Annual report on the working of the mental hospitals in the Madras Presidency - 1912-1932
Year: 1912
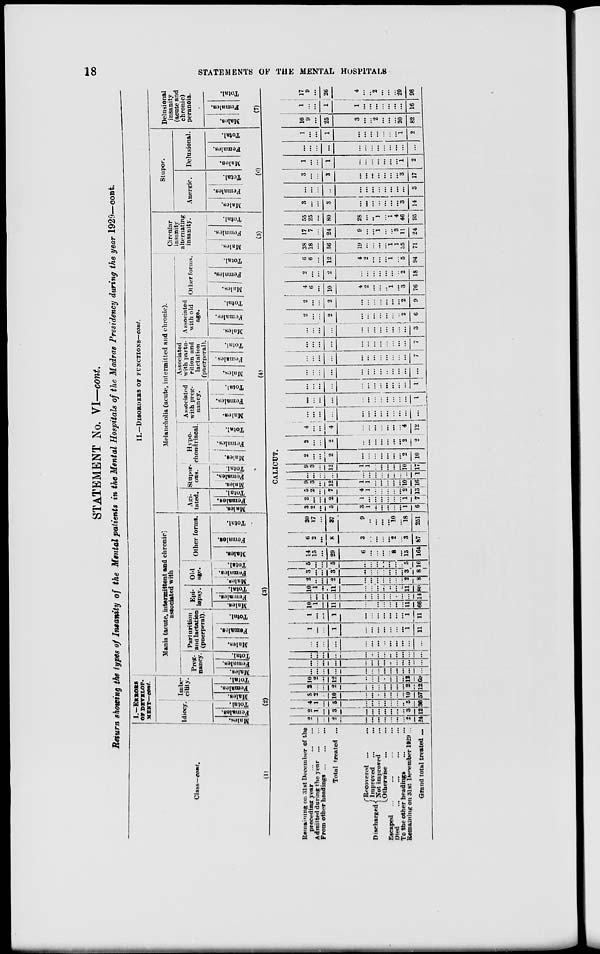
18
STATEMENTS OF THE MENTAL HOSPITALS
STATEMENT No. VI—cont.
Return showing the types of Insanity of the Mental patients in the Mental Hospitals of the Madras Presidency during the year 1929—cont.
Class—cont.
(1)
I.—ERRORS
OF DEVELOP-
MENT.— cont.
Idiocy.
Males. Females
Total.
Imbe-
cility.
Males.
Females.
Total.
(2)
II.—DISORDERS OF FUNCTIONS—cont.
Mania (acute, intermittent and chronic)
associated with
Preg-
nancy.
Males.
Females. Total.
Parturition
and lactation
(puerperal).
Males.
Females.
Total.
Epi-
lepsy.
Males.
Females.
Total.
Old
age.
Males. Females. Total.
Other forms.
Males.
Females.
Total.
(3)
Melancholia (acute, intermitted and chronic).
Agi-
tated.
Males.
Females.
Total.
Stupor-
ous.
Males.
Females.
Total.
Hypo-
chondriacal.
Males.
Females.
Total.
Associated
with preg-
nancy.
Males.
Females.
Total.
Associated
with partu-
rition and
lactation
(puerperal).
Males.
Females.
Total.
Associated
with old
age.
Males.
Females.
Total.
Other forms.
Males.
Females.
Total.
(4)
Circular
insanity
alternating
insanity.
Males.
Females.
Total.
(5)
Stupor.
Anergic.
Males.
Females.
Total.
Delusional.
Males.
Females.
Total.
(6)
Delusional
insanity
(acute and
chronic)
peranoia.
Males.
Females.
Total.
(7)
CALICUT.
Remaining on 31st December of the
preceding year
...
...
...
Admitted during the year
...
...
From other headings
...
...
...
Total treated ...
Discharged
Recovered ... ...
Improved ... ...
Not improved ...
Otherwise ... ...
Escaped
... ... ... ...
Died
...
...
...
...
To the other headings ... ...
Remaining on 31st December 1929 ...
Grand total treated ...
2
...
...
2
...
...
...
...
...
...
...
2
24
2
1
...
3
...
...
...
...
...
...
...
3
12
4
1
...
5
...
...
...
...
...
...
...
5
36
8
2
...
10
...
...
...
...
...
...
...
10
57
2
...
...
2
...
...
...
...
...
...
...
2
12
10
2
...
12
...
...
...
...
...
...
...
12
69
...
...
...
...
...
...
...
...
...
...
...
...
...
...
...
...
...
...
...
...
...
...
...
...
...
...
...
...
...
...
...
...
...
...
...
...
...
...
...
...
...
...
...
...
...
...
...
...
...
...
...
...
1
...
...
1
...
...
...
...
...
...
...
1
11
1
...
...
1
...
...
...
...
...
...
...
1
11
10
1
...
11
...
...
...
...
...
...
...
11
66
...
...
...
...
...
...
...
...
...
...
...
...
14
10
1
...
11
...
...
...
...
...
...
...
11
80
2
...
...
2
...
...
...
...
...
...
...
2
8
3
...
...
3
...
...
...
...
...
...
...
3
8
5
...
...
5
...
...
...
...
...
...
..
5
16
14
15
...
29
6
...
...
...
. .
8
...
15
164
6
2
...
8
3
...
...
...
...
2
...
3
87
20
17
...
37
9
...
...
...
...
10
...
18
251
3
2
...
5
3
1
...
...
...
...
...
1
6
2
...
...
2
1
...
...
...
...
...
...
1
7
5
2
...
7
4
1
...
...
...
...
...
2
13
9
3
...
12
1
1
...
...
...
...
...
10
16
...
...
...
...
...
...
...
...
...
...
...
...
1
9
3
...
12
1
1
...
...
...
...
...
10
17
2
...
...
2
...
...
...
...
...
...
...
2
10
2
...
...
2
...
...
...
...
...
...
...
2
2
4
...
...
4
...
...
...
...
...
...
...
4
12
...
...
...
...
...
...
...
...
...
...
...
...
...
...
...
...
...
...
...
...
...
...
...
...
...
1
...
...
...
...
...
...
...
...
...
...
...
...
1
...
...
...
...
...
...
...
...
...
...
...
...
...
...
...
...
...
...
...
...
...
...
...
...
...
7
...
...
...
...
...
...
...
...
...
...
...
...
7
...
...
...
...
...
...
...
...
...
...
...
...
3
2
...
...
2
...
...
...
...
...
...
...
2
6
2
...
...
2
...
...
...
...
...
...
...
2
9
4
6
...
10
4
2
...
...
...
1
...
3
76
2
...
...
2
...
...
...
...
...
...
...
2
18
6
6
...
12
4
2
...
...
...
1
...
5
94
38
18
...
56
19
...
...
...
...
1
1
35
71
17
7
...
24
9
...
...
1
...
...
3
11
24
55
25
...
80
28
...
..
1
...
1
4
46
95
3
...
...
3
...
...
...
...
...
...
...
3
14
...
...
...
...
...
...
...
...
...
...
...
...
3
3
...
...
3
...
...
...
...
...
...
...
3
17
1
...
...
1
...
...
...
...
...
...
...
1
2
...
...
...
...
...
...
...
...
...
...
...
...
...
1
...
...
1
...
...
...
...
...
...
...
1
2
16
9
...
25
3
...
...
2
...
...
...
20
82
1
...
...
1
1
...
...
...
...
...
...
...
16
17
9
...
26
4
...
...
2
...
...
...
20
98